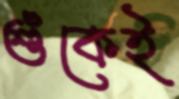
শুঁকেই